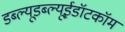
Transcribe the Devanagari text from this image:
डब्ल्यूडब्ल्यूईडॉटकॉम